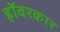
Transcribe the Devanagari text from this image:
हॉवरकार